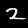
Label: 2